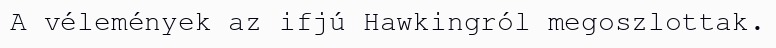
A vélemények az ifjú Hawkingról megoszlottak.